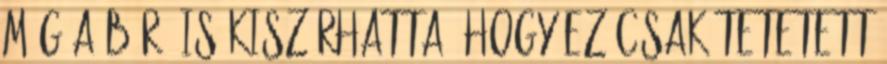
még a bíró is kiszúrhatta, hogy ez csak tetetett